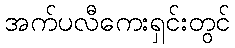
အက်ပလီကေးရှင်းတွင်